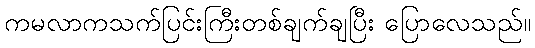
ကမလာကသက်ပြင်းကြီးတစ်ချက်ချပြီး ပြောလေသည်။